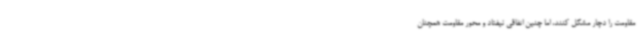
مقاومت را دچار مشکل کنند، اما چنین اتفاقی نیفتاد و محور مقاومت همچنان